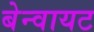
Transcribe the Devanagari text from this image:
बेन्वायट